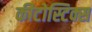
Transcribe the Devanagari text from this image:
कीटोस्टिक्स